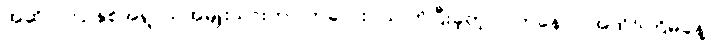
အဆိုပါ 31 နှစ်အရွာယ်အမျိုးသားဟာ ကလေးငယ် ကိုပြီးခဲ့တဲ့ လကနေ လအထိ5ကြိမ်ခန့်